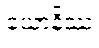
ယောနိဿ